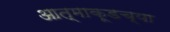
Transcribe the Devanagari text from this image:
आत्माकूडच्या